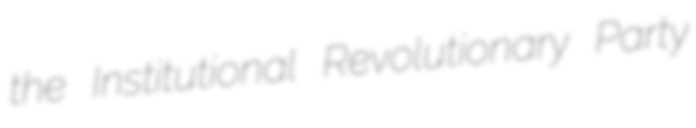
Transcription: the Institutional Revolutionary Party